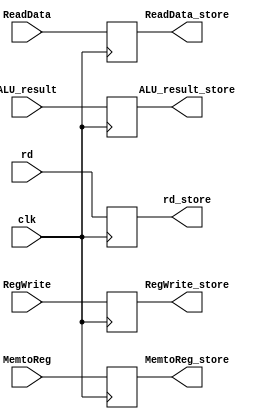
module MEM_WB
(
    input clk,
    input RegWrite, MemtoReg,
    input [63:0] ReadData, ALU_result,
    input [4:0] rd,

    output reg RegWrite_store, MemtoReg_store,
    output reg [63:0] ReadData_store, ALU_result_store,
    output reg [4:0] rd_store

);

always @(posedge clk) begin

    RegWrite_store = RegWrite;
    MemtoReg_store = MemtoReg;
    ReadData_store = ReadData;
    ALU_result_store = ALU_result;
    rd_store = rd;
end

endmodule